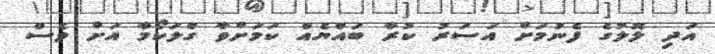
އަދި ލޮލުގެ ފެނުމަށް އަސަރު ކުރާ ބައްޔެއް ކަމަށްވާ ގްލަކޯމާ އަށް ވެސް